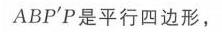
\(ABP'P\)是平行四边形，